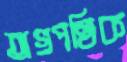
অগ্রপথিক